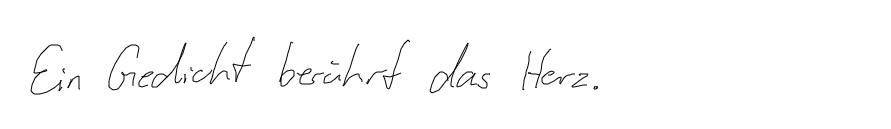
Ein Gedicht berührt das Herz.